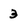
Character: 3